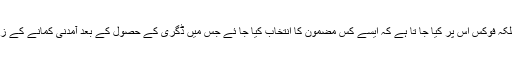
اچھا یہ ہی نہیں کہ بہتر نوکری بلکہ فوکس اس پر کیا جا تا ہے کہ ایسے کس مضمون کا انتخاب کیا جا ئے جس میں ڈگری کے حصول کے بعد آمدنی کمانے کے زیا دہ سے زیادہ مواقع حاصل ہوں۔